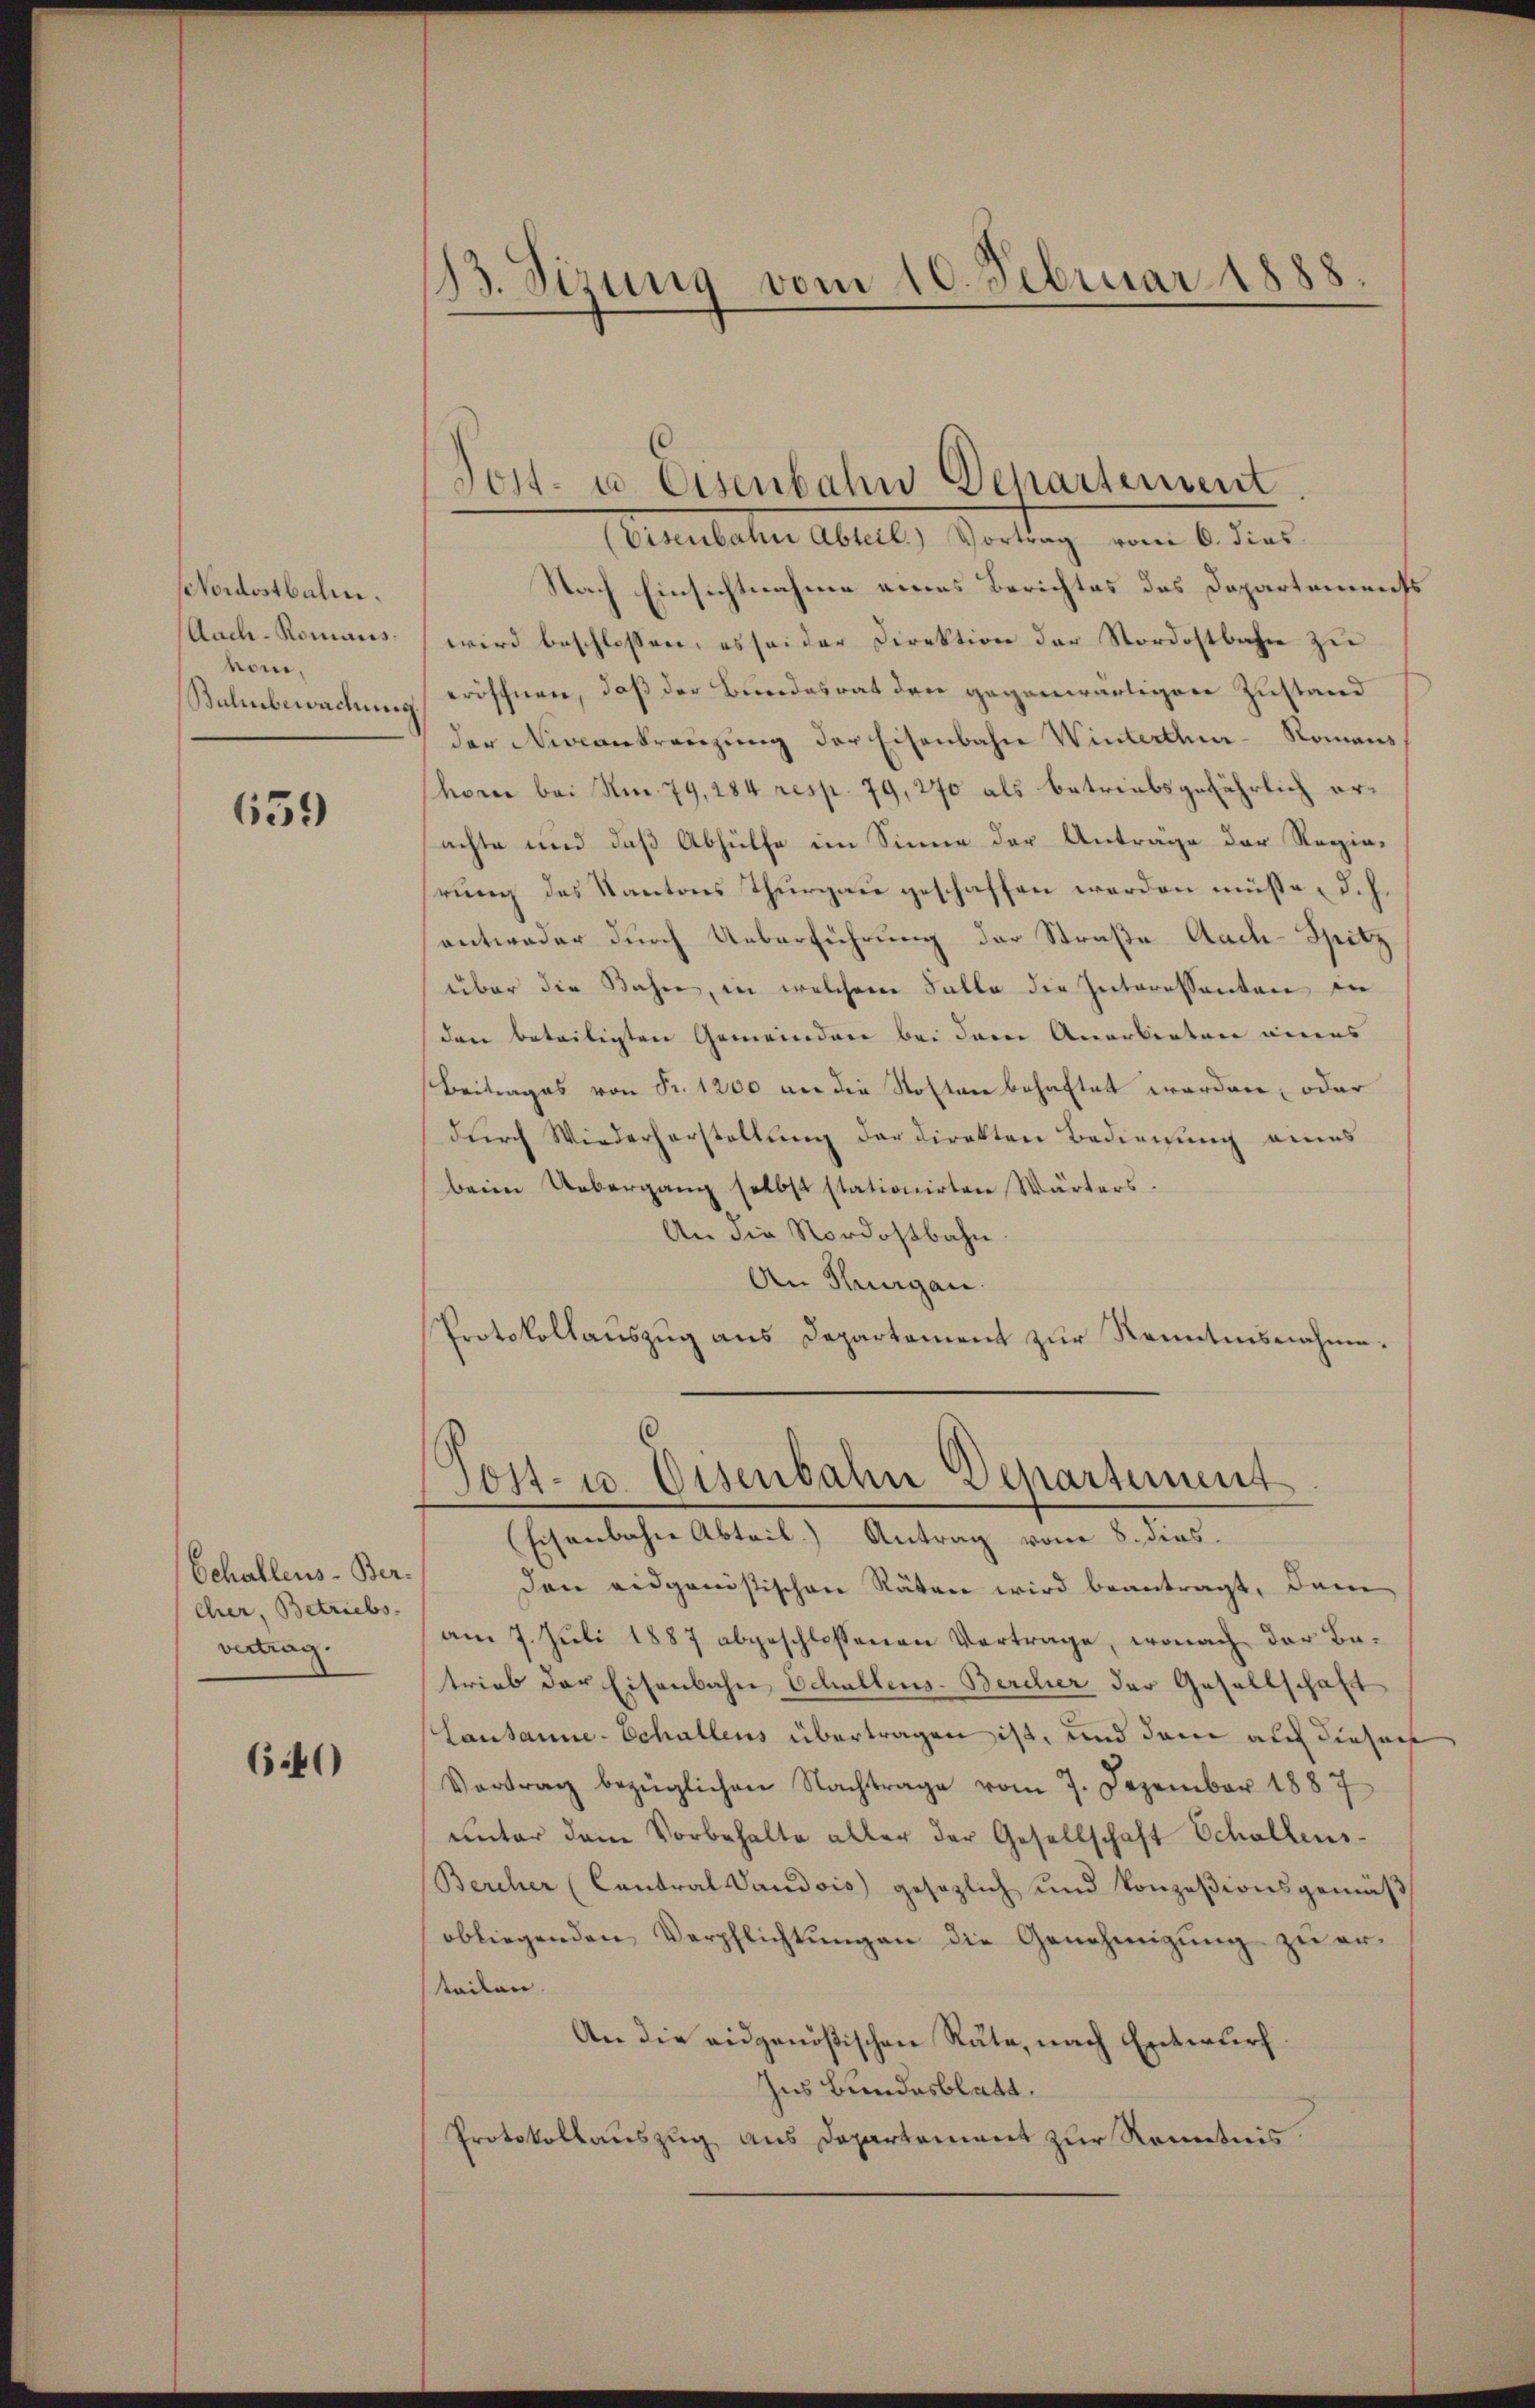
Nordostbahn.
Auch - Romans.
vom.
Balmbewachung

659

Echallens-Ber-
cher, Betriebs
vertrag.

6.40)

.
23. Sizung vom 10. Februar 1888.

(Eisenbahn Abteil) Vortrag vom 6. dies
Nach Einsichtnahme eines Berichtes des Departements
wird beschlossen, es sei der Direktion der Nordostbahn zu
eröffnen, daß der Bundesrat den gegenwärtigen Zustand
der Niveaukreuzung der Eisenbahn Winterthur - Romans
hore bei Am. 79, 184 resp. 79, 270 als betriebsgefährlich erachte und daß Abhülfe im Sinne der Anträge der Regierung des Kantons Thurgau geschaffen werden müsse, d. h.
antweder durch Ueberführung der Straße Aade-Spitz
über die Bahn, in welchem Falle die Interessanten de
(den beteiligten Gemeinden bei der Anerbieten wegens
Beitrages von Fr. 1200 an die Kosten behaftet worden, oder
dŭrch Wiederherstellŭng der direkten Bedienŭng eines
beim Uebergang selbst stationirten Wärters.
An die Nordostbahn.
An Thurgau.
Protokollauszug aus Departement zur Kenntnisnahme.
Tost- u. Eisenbahn Departement.
(Eisenbahn Abteil. Antrag vom 8. dies
den eidganistischen Räten wird beantragt, dann
am 7. Juli 1887 abgeschlossenen Vertrage, wonach der Batrieb der Eisenbahn Schullens-Bercher der Gesellschaft
Lausanne-Schallens übertragen ist, und dann auch dieser
Vortrag bezüglichen Nachtrage vom 7. Dezember 1887
unter dem Vorbehalte aller der Gesellschaft Schallens-
Bercher (Contral Vaudois) gesezlich und konzesionsgemäβ
obliegenden Verpflichtŭngen die Genehmigŭng zŭ er-
Stacken.
An die eidgenößischen Rata, nach Entwurf.
Ins Bundesblatt.
Protokollauszug aus Departement zur Kenntnis

Jost- u. Eisenbahn Departement.